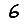
Digit: 6